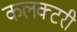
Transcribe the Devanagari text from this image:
कलक्‍टरी